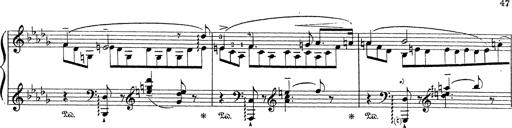
Title: Grosses Konzertsolo
Composer: Franz Liszt